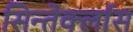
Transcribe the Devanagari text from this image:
सिन्तेर्क्लास